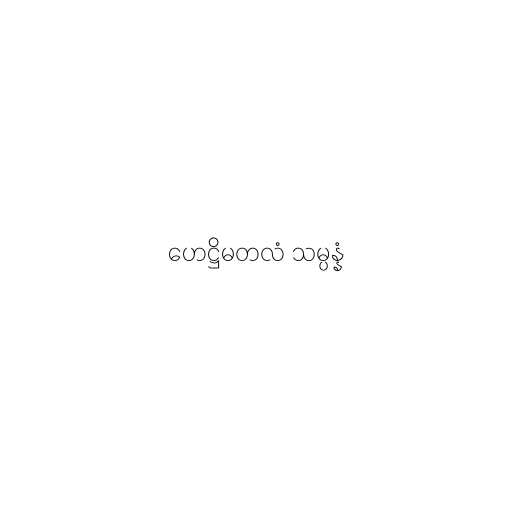
ဟေဋ္ဌိမတလံ သမ္ပန္နံ